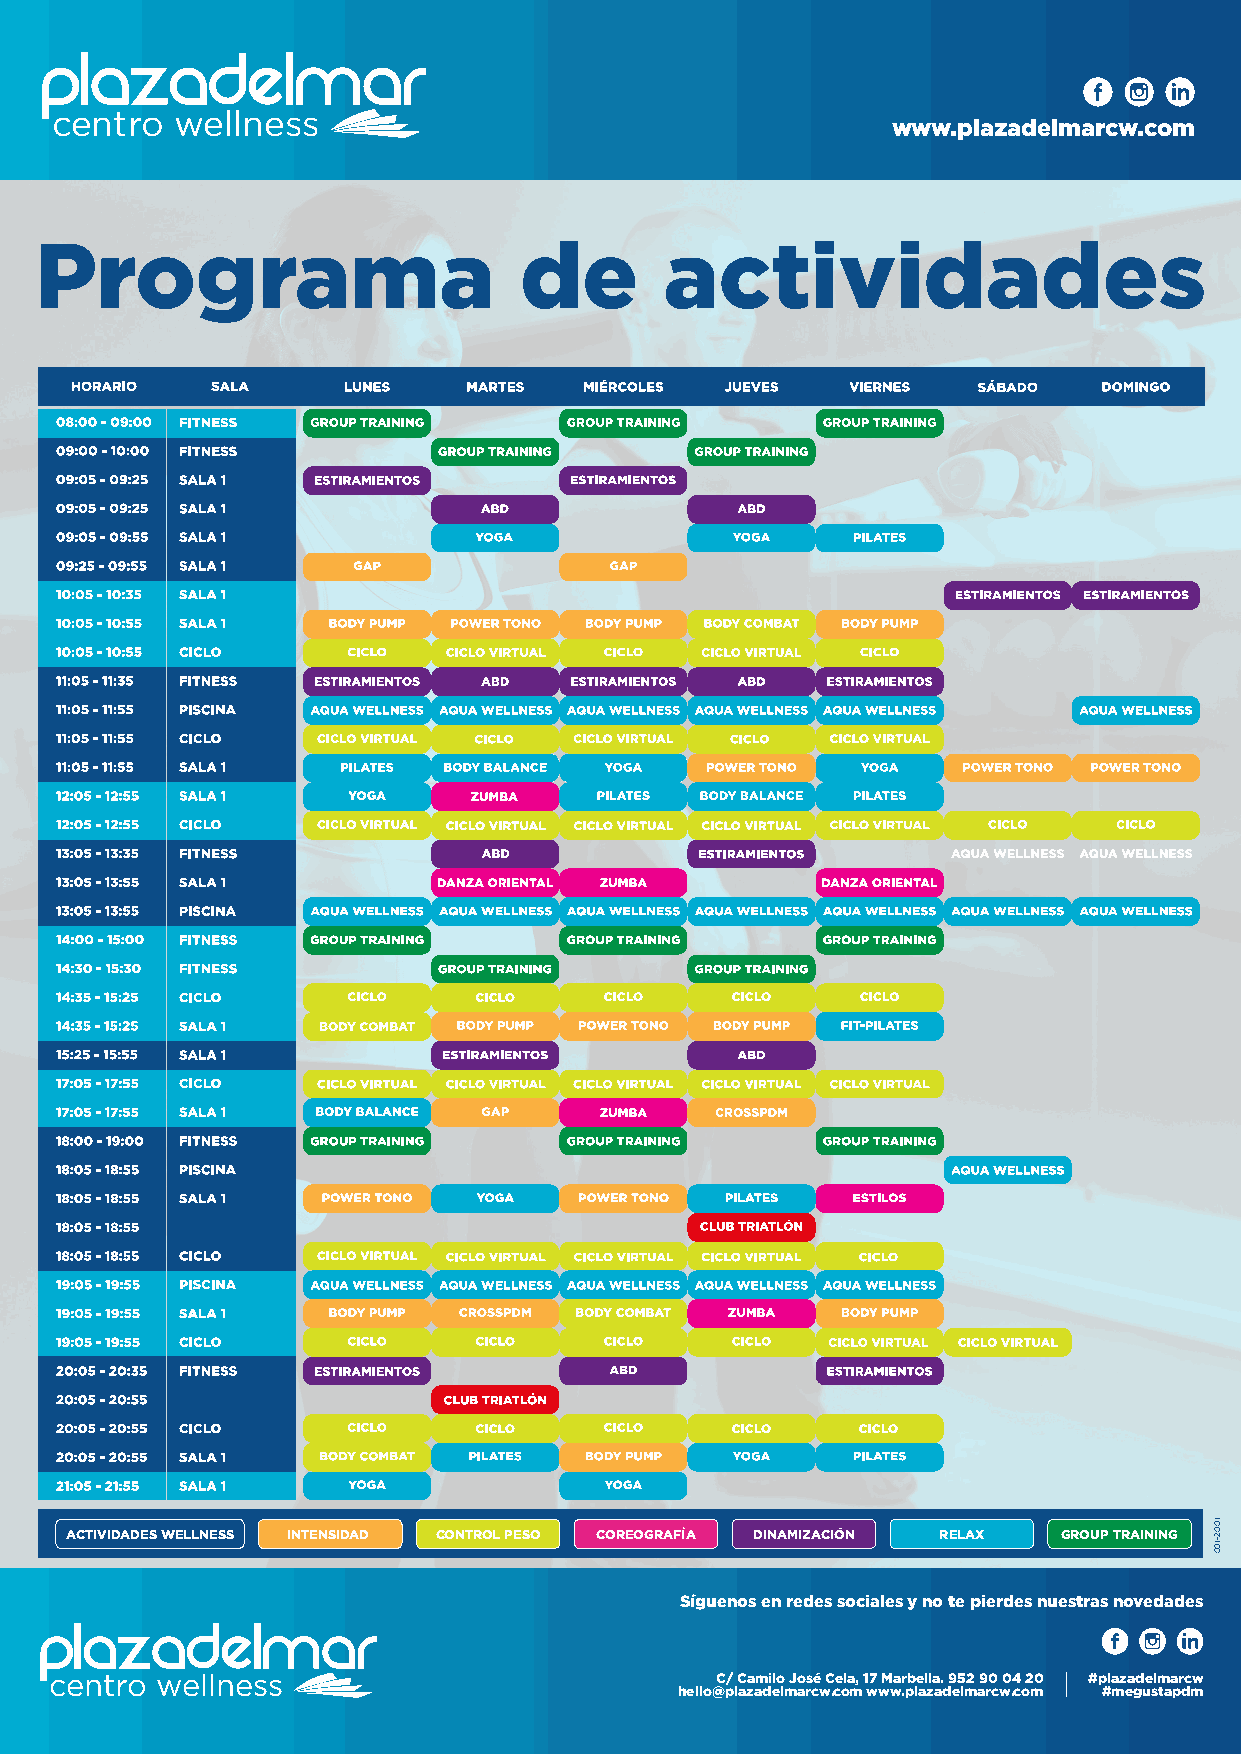
centro   wellness
 www.plazadelmarcw.com
 Programa                        de        actividades
 ACTIVIDADES WELLNESS INTENSIDAD CONTROL PESO COREOGRAFÍA DINAMIZACIÓN RELAX GROUP TRAINING
 Síguenos en redes sociales y no te pierdes nuestras novedades
 centro wellness                             C/ Camilo José Cela, 17 Marbella. 952 90 04 20 #plazadelmarcw
 hello@plazadelmarcw.com www.plazadelmarcw.com #megustapdm
 1002-100